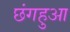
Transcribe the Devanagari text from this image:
छंगहुआ